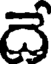
దే